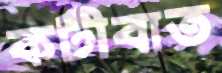
কটীবাত